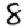
Digit: 8